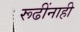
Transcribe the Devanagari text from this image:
रूढींनाही